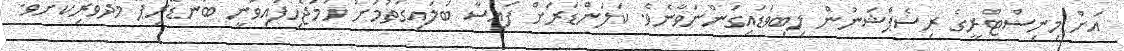
އަށް މިނިސްޓްރީގެ ރިސެޕްޝަނުން ލިބިވަޑައިގަންނަވާނެވެ. ކަލަންޑަރަށް ފައިސާ ބަލައިގަތުމަށް ހަމަޖެހިފައިވަނީ ބަނޑޭރިޕޭ މެދުވެރިކޮށެވެ.